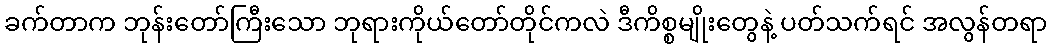
ခက်တာက ဘုန်းတော်ကြီးသော ဘုရားကိုယ်တော်တိုင်ကလဲ ဒီကိစ္စမျိုးတွေနဲ့ ပတ်သက်ရင် အလွန်တရာ